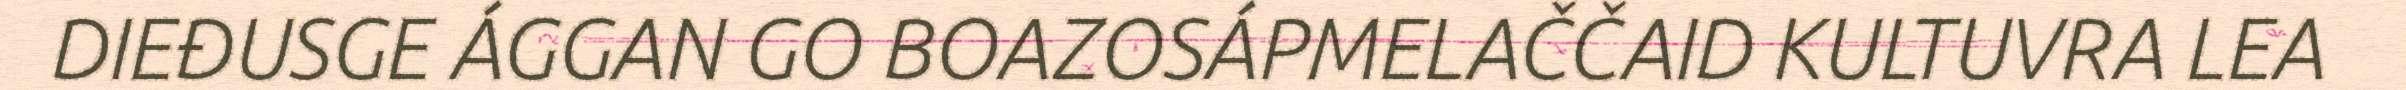
DIEĐUSGE ÁGGAN GO BOAZOSÁPMELAČČAID KULTUVRA LEA